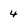
Character: 4